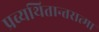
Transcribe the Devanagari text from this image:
प्रव्यथितान्तरात्मा